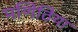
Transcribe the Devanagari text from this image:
मणिठिया